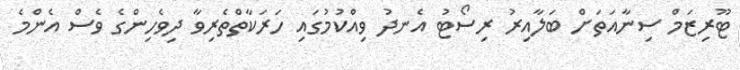
ޓޫރިޒަމް ސިނާއަތަށް ބަލާއިރު ރިސޯޓު އެނދު ވިއްކުމުގައި ހަރަކާތްތެރިވާ ދިވެހިންގެ ވެސް އެންމެ